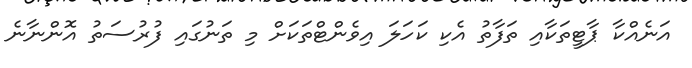
އަނެއްކާ ޕާޓީތަކާއި ތަފާތު އެކި ކަހަލަ އިވެންޓްތަކަށް މި ތަނުގައި ފުރުސަތު އޮންނާނެ